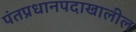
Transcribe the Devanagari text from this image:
पंतप्रधानपदाखालील